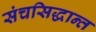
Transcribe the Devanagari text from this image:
संचसिद्धान्त